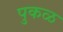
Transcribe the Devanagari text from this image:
पुकळ